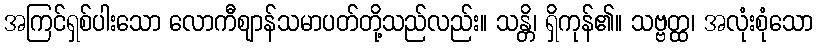
အကြင်ရှစ်ပါးသော လောကီဈာန်သမာပတ်တို့သည်လည်း။ သန္တိ၊ ရှိကုန်၏။ သဗ္ဗတ္ထ၊ အလုံးစုံသော